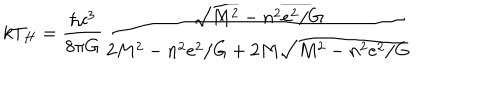
LaTeX: k T _ { H } = \frac { \hbar c ^ { 3 } } { 8 \pi G } \frac { \sqrt { M ^ { 2 } - n ^ { 2 } e ^ { 2 } / G } } { 2 M ^ { 2 } - n ^ { 2 } e ^ { 2 } / G + 2 M \sqrt { M ^ { 2 } - n ^ { 2 } e ^ { 2 } / G } }